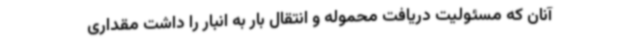
آنان که مسئولیت دریافت محموله و انتقال بار به انبار را داشت مقداری